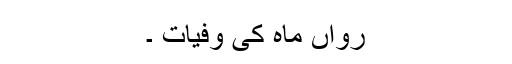
رواں ماہ کی وفیات ۔